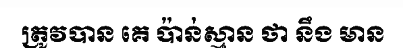
ត្រូវបាន គេ ប៉ាន់ស្មាន ថា នឹង មាន